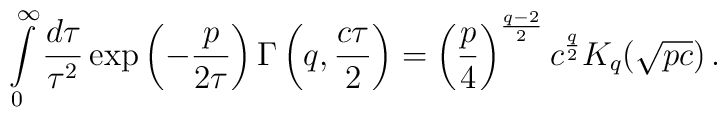
\int\limits_0^\infty\frac{d\tau}{\tau^2}\,\mathrm{exp}\left(-\frac{p}{2\tau}\right)\Gamma\left(q,\frac{c\tau}2\right)= \left(\frac p4\right)^ {\frac{q-2}2}c^{\frac q2}K_q(\sqrt{pc})\,.